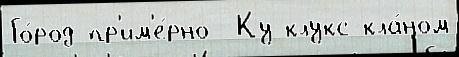
Го́род пр'им'е́рно  Ку-клукс-кла́ном